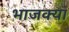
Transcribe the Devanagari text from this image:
भाजक्या